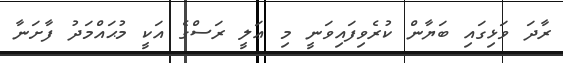
ރާދަ ވަޅިގައި ބަޔާން ކުރެވިފައިވަނީ މި ޢަލީ ރަސްގެ އަކީ މުޙައްމަދު ފާށަނާ